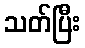
သတ်ပြီး